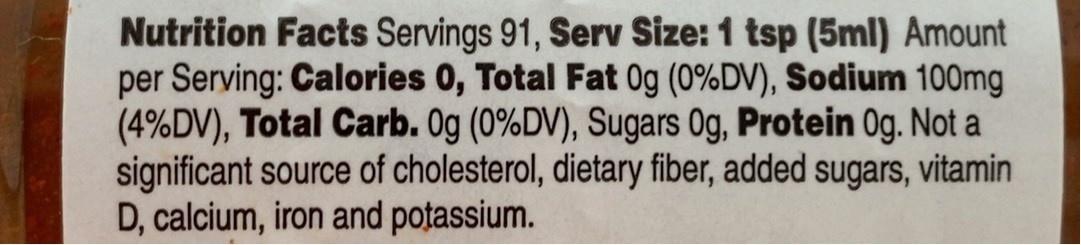
Nutrition Facts Servings 91, Serv Size: 1 tsp (5ml) Amount per Serving: Calories 0, Total Fat Og (0%DV), Sodium 100mg (4%DV), Total Carb. Og (0%DV), Sugars 0g, Protein Og. Not a significant source of cholesterol, dietary fiber, added sugars, vitamin D, calcium, iron and potassium.